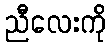
ညီလေးကို